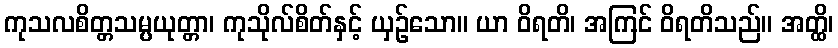
ကုသလစိတ္တသမ္ပယုတ္တာ၊ ကုသိုလ်စိတ်နှင့် ယှဉ်သော။ ယာ ဝိရတိ၊ အကြင် ဝိရတိသည်။ အတ္ထိ၊